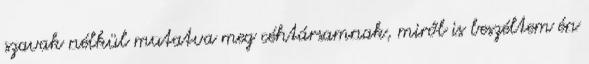
szavak nélkül mutatva meg céhtársamnak, miről is beszéltem én